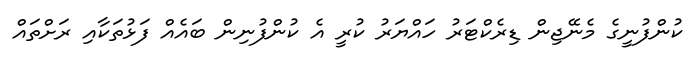
ކުންފުނީގެ މެނޭޖިން ޑިރެކްޓަރު ހައްޔަރު ކުރީ އެ ކުންފުނިން ބައެއް ފަޅުތަކާއި ރަށްތައް